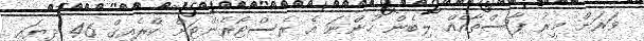
ވަރަށް މީރު ޕާސްތާއެއް ލިބެން ހުންނަ އެ ރެސްޓޯރެންޓަށް ކްރެއިގް 46 ދިޔައީ